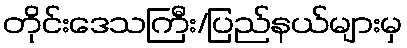
တိုင်းဒေသကြီး/ပြည်နယ်များမှ